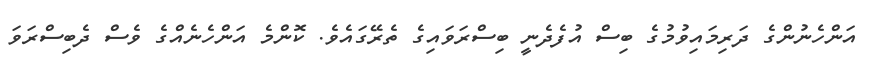
އަންހެނުންގެ ދަރިމައިވުމުގެ ބިސް އުފެދެނީ ބިސްރަވައިގެ ތެރޭގައެވެ. ކޮންމެ އަންހެނެއްގެ ވެސް ދެބިސްރަވަ